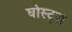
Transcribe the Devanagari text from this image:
घोस्ट्‌स